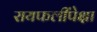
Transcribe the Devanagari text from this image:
रायफलींपेक्षा